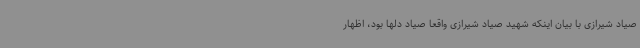
صیاد شیرازی با بیان اینکه شهید صیاد شیرازی واقعا صیاد دلها بود، اظهار